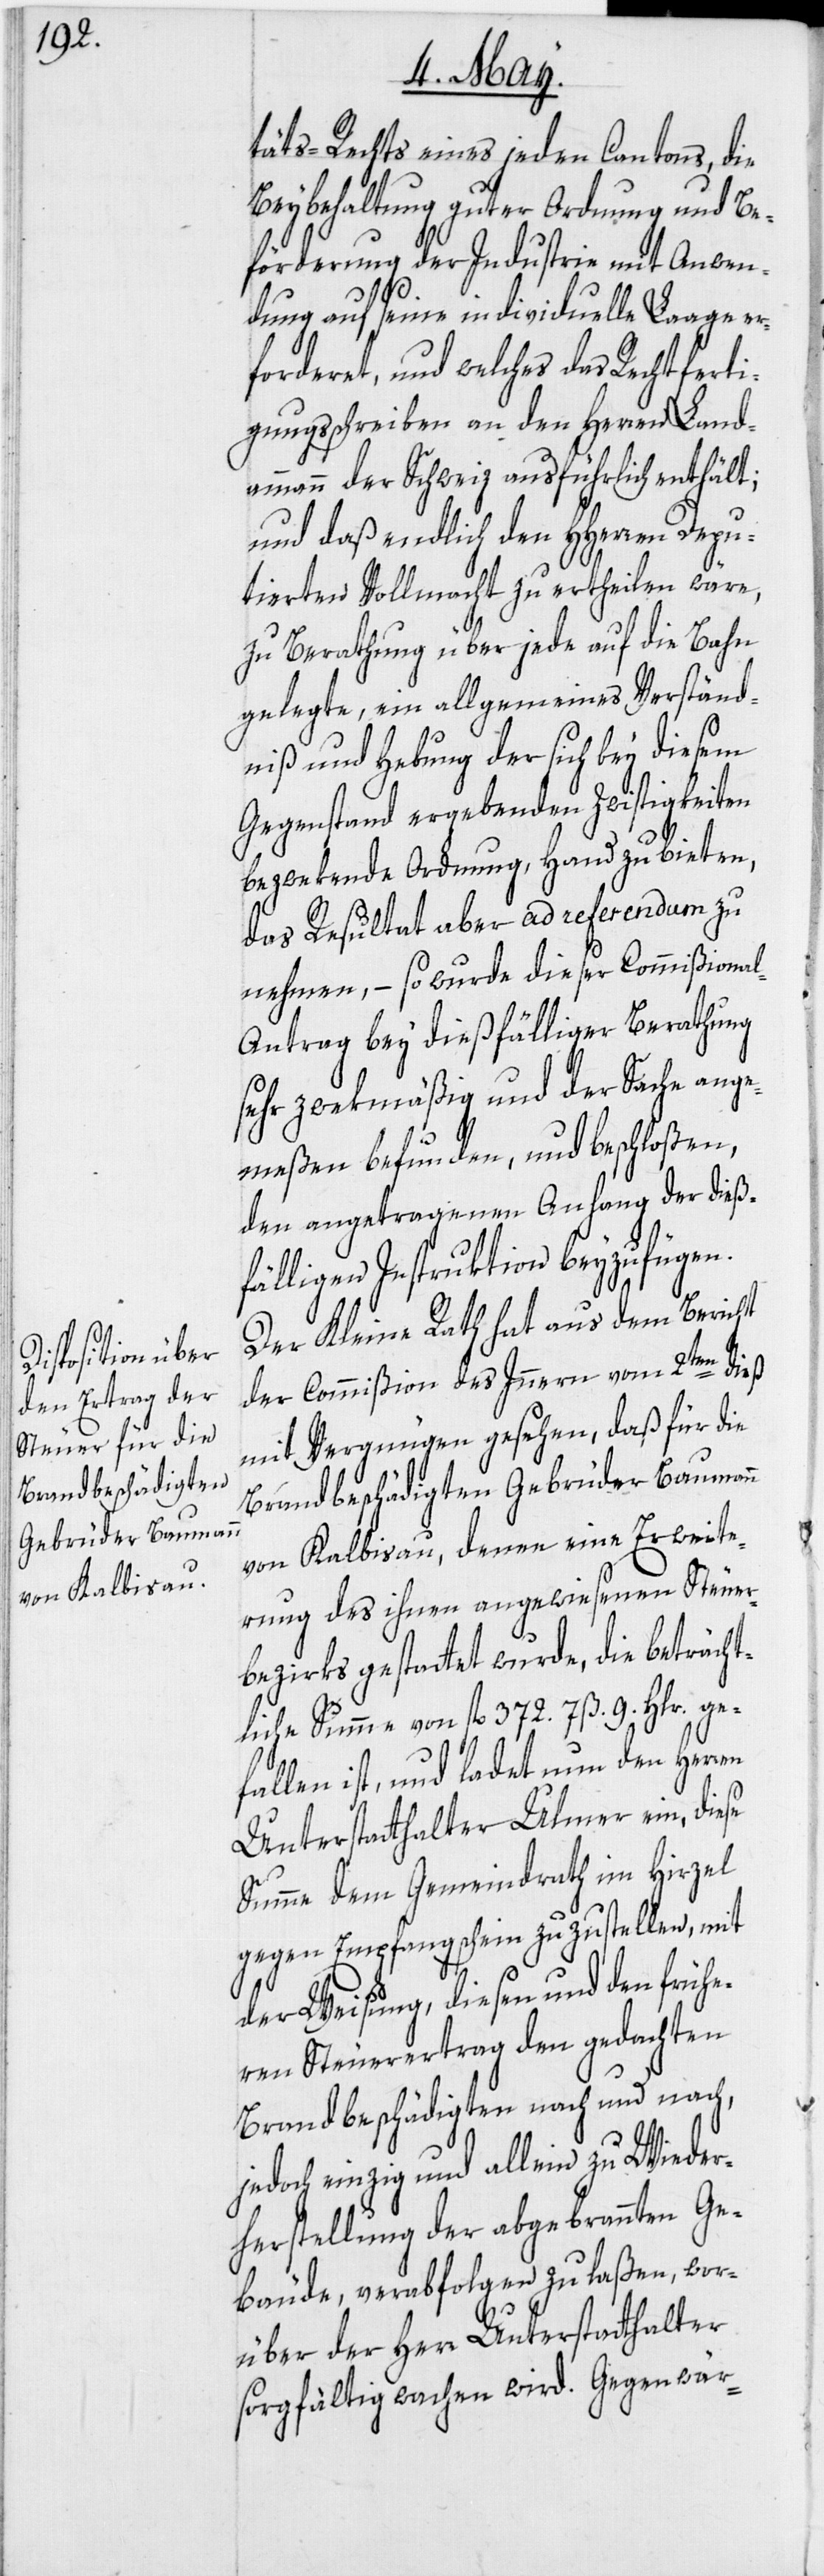
Brandbeschädigten
Gebrüder Baumann

täts-Rechts eines jeden Cantons, die
Beybehaltung guter Ordnung und Be¬
förderung der Industrie mit Anwen¬
dung auf seine individuelle Laage e¬
rforderet, und welches das Rechtferti¬
gungsschreiben an den Herren Land¬
ammann der Schweiz ausführlich enthält;
und daß endlich den HHerren Depu¬
tierten Vollmacht zu ertheilen wäre,
zu Berathung über jede auf die Bahn
gelegte, ein allgemeines Verständ¬
niß und Hebung der sich bey diesem
Gegenstand ergebenden Zwistigkeiten
bezwekende Ordnung, Hand zu bieten,
das Resultat aber ad referendum zu
nehmen, – so wurde dieser Commißiona¬
l-Antrag bey dießfälliger Berathung
sehr zwekmäßig und der Sache ange¬
meßen befunden, und beschloßen,
den angetragenen Anhang der dieß¬
fälligen Instruktion beyzufügen.
Der Kleine Rath hat aus dem Bericht
der Commißion des Innern vom 2ten dieß
mit Vergnügen gesehen, daß für die
von Kalbisau, denen eine Erweite¬
rung des ihnen angewiesenen Steuer¬
bezirks gestattet wurde, die beträcht¬
liche Summe von fl. 372. 7 ß. 9. Hlr. ge¬
fallen ist, und ladet nun den Herren
Unterstatthalter Ulmer ein, diese
Summe dem Gemeindrath im Hirzel
gegen Empfangschein zuzustellen, mit
der Weisung, diesen und den frühe¬
ren Steuerertrag den gedachten
Brandbeschädigten nach und nach,
jedoch einzig und allein zu Wieder¬
herstellung der abgebrannten Ge¬
bäude, verabfolgen zu laßen, wor¬
über der Herr Unterstatthalter
sorgfältig wachen wird. Gegenwär-